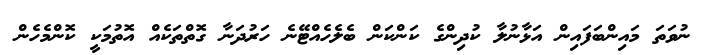
ނުވަތަ މައިންބަފައިން އަޅާނުލާ ކުދިންގެ ކަންކަން ބެލެހެއްޓޭނެ ހަރުދަނާ ގޮތްތަކެއް އޮތުމަކީ ކޮންމެހެން